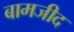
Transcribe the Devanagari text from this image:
बामजीद